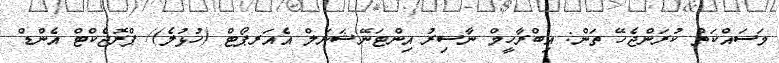
މަސައްކަތް ކުރަންޖެހޭ ތަން: އިބްރާހީމް ނާސިރު އިންޓަނޭޝަނަލް އެއަރޕޯޓް (ހުޅުލެ)/ ޕްރޮޖެކްޓް އެންޑް